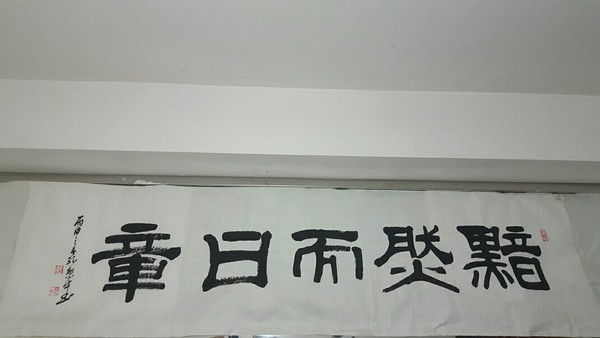
君子之道，暗然而日章小人之道，的然而日亡。